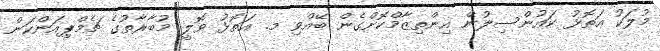
މުލަކު އަތޮޅު ކައުންސިލުން އިންތިޒާމްކޮށްގެން ބޭއްވި މ. އަތޮޅު ވޮލީ މުބާރާތުގެ ޗެމްޕިއަންކަން